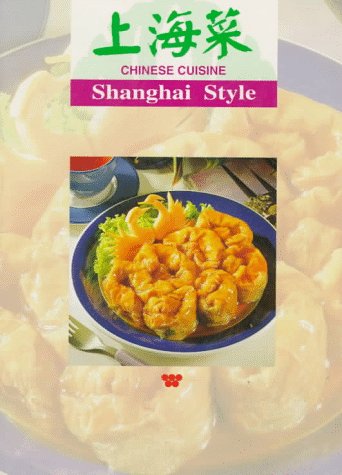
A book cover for Chinese Cuisine: Shanghai Styles; Lee Hwa Lin; Cookbooks, Food & Wine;